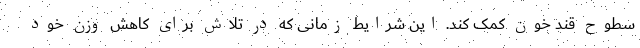
سطوح قند خون کمک کند. این شرایط زمانی که در تلاش برای کاهش وزن خود